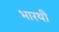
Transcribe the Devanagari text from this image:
भारथी